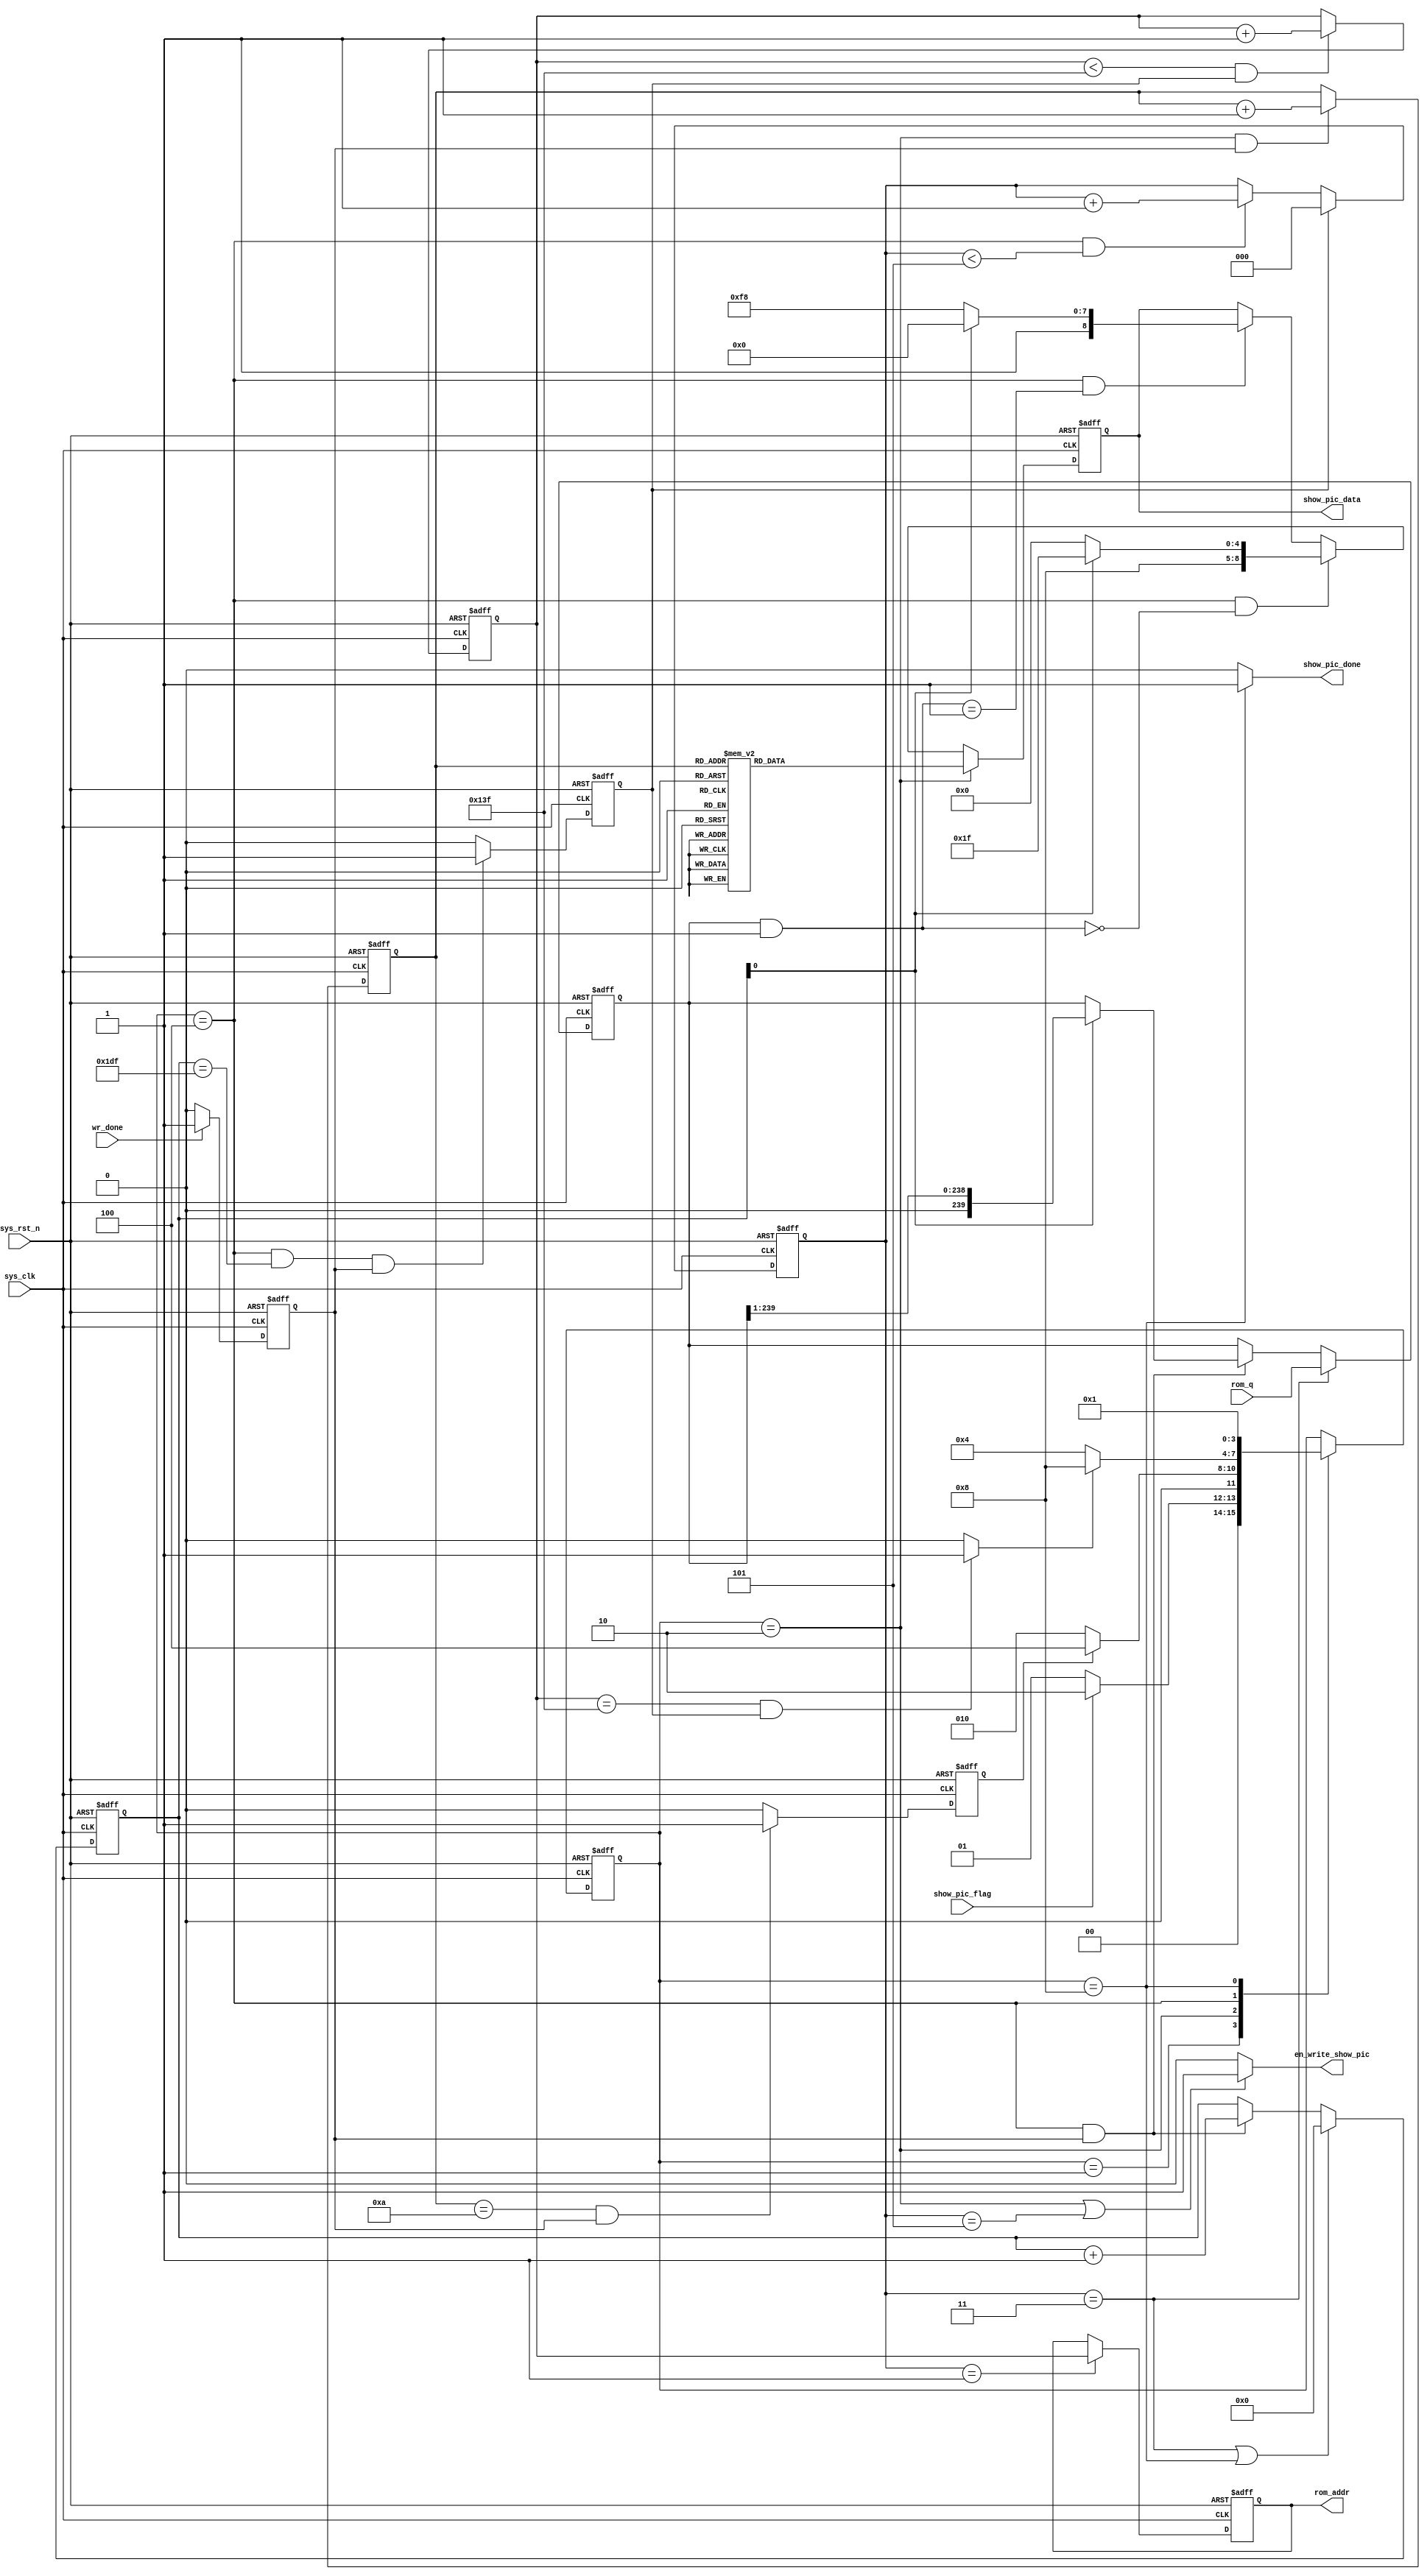

module lcd_show_pic
(
    input       wire            sys_clk             ,
    input       wire            sys_rst_n           ,
    input       wire            wr_done             ,
    input       wire            show_pic_flag       ,   //

	 output       reg     [8:0]  rom_addr,
	 input			 wire    [239:0]   rom_q,

    output      wire    [8:0]   show_pic_data       ,   //
	 output		wire				 show_pic_done,
    output      wire            en_write_show_pic   
);

//
parameter   WHITE   = 16'hFFFF,
            BLACK   = 16'h0000,	  
            BLUE    = 16'h001F,  
            BRED    = 16'hF81F,
            GRED 	  = 16'hFFE0,
            GBLUE	  = 16'h07FF,
            RED     = 16'hF800,
            MAGENTA = 16'hF81F,
            GREEN   = 16'h07E0,
            CYAN    = 16'h7FFF,
            YELLOW  = 16'hFFE0,
            BROWN   = 16'hBC40, //
            BRRED   = 16'hFC07, //
            GRAY    = 16'h8430; //

//****************** Parameter and Internal Signal *******************//


parameter   SIZE_WIDTH_MAX = 8'd239;
parameter   SIZE_LENGTH_MAX = 9'd319;

parameter   STATE0 = 4'b0_001;     
parameter   STATE1 = 4'b0_010;
parameter   STATE2 = 4'b0_100;
parameter   DONE   = 4'b1_000;

//
reg     [3:0]   state;

//
reg             the1_wr_done;
reg     [3:0]   cnt_set_windows;

//STATE1STATE2
reg            state1_finish_flag;

//rom
reg     [2:0]   cnt_rom_prepare;

//rom
//reg     [8:0]  rom_addr;
//wire    [239:0]   rom_q;

//romtemp
reg     [239:0]   temp;

//1
reg             length_num_flag;

//
reg     [8:0]   cnt_length_num;

//
reg     [9:0]   cnt_wr_color_data;

//
reg     [8:0]   data;

//STATE2DONE        
wire    state2_finish_flag;

//******************************* Main Code **************************//


//
always@(posedge sys_clk or negedge sys_rst_n)
    if(!sys_rst_n)
        state <= STATE0;
    else
        case(state)
            STATE0 : state <= (show_pic_flag) ? STATE1 : STATE0;
            STATE1 : state <= (state1_finish_flag) ? STATE2 : STATE1;
            STATE2 : state <= (state2_finish_flag) ? DONE : STATE2;
            DONE   : state <= STATE0;
        endcase
////
always@(posedge sys_clk or negedge sys_rst_n)
    if(!sys_rst_n) 
        the1_wr_done <= 1'b0;
    else if(wr_done)
        the1_wr_done <= 1'b1;
    else
        the1_wr_done <= 1'b0;
        
//
always@(posedge sys_clk or negedge sys_rst_n)
    if(!sys_rst_n)  
        cnt_set_windows <= 'd0;
    else if(state == STATE1 && the1_wr_done)
        cnt_set_windows <= cnt_set_windows + 1'b1;

//STATE1STATE2
always@(posedge sys_clk or negedge sys_rst_n)
    if(!sys_rst_n)
        state1_finish_flag <= 1'b0;
    else if(cnt_set_windows == 'd10 && the1_wr_done)
        state1_finish_flag <= 1'b1;
    else
        state1_finish_flag <= 1'b0;

//rom
always@(posedge sys_clk or negedge sys_rst_n)
    if(!sys_rst_n)  
        cnt_rom_prepare <= 'd0;
    else if(length_num_flag)
        cnt_rom_prepare <= 'd0;
    else if(state == STATE2 && cnt_rom_prepare < 'd5)
        cnt_rom_prepare <= cnt_rom_prepare + 1'b1;
        
//rom
always@(posedge sys_clk or negedge sys_rst_n)
    if(!sys_rst_n)
        rom_addr <= 'd0;
    else if(cnt_rom_prepare == 'd1)      
        rom_addr <=  cnt_length_num;

//romtemp
always@(posedge sys_clk or negedge sys_rst_n)
    if(!sys_rst_n)
        temp <= 'd0;
    else if(cnt_rom_prepare == 'd3)
        temp <= rom_q;
    else if(state == STATE2 && the1_wr_done)     
			begin
				if(cnt_wr_color_data[0] == 1)
					temp <= temp >>1;
				else
					temp <= temp;
			end


//1
always@(posedge sys_clk or negedge sys_rst_n)
    if(!sys_rst_n)
        length_num_flag <= 1'b0;
   else if(
            state == STATE2 && 
            cnt_wr_color_data == 10'd479 &&
            the1_wr_done
           )
       length_num_flag <= 1'b1;
    else
       length_num_flag <= 1'b0;
        
//
always@(posedge sys_clk or negedge sys_rst_n)
    if(!sys_rst_n)
        cnt_length_num <= 'd0;
    else if(cnt_length_num < SIZE_LENGTH_MAX && length_num_flag)
        cnt_length_num <= cnt_length_num + 1'b1;

//
always@(posedge sys_clk or negedge sys_rst_n)
    if(!sys_rst_n)
        cnt_wr_color_data <= 'd0;
    else if(cnt_rom_prepare == 'd3 || state == DONE)
        cnt_wr_color_data <= 'd0;
    else if(state == STATE2 && the1_wr_done)
        cnt_wr_color_data <= cnt_wr_color_data + 1'b1;
        
//
always@(posedge sys_clk or negedge sys_rst_n)
    if(!sys_rst_n)
        data <= 9'h000;
    else if(state == STATE1)
        case(cnt_set_windows)
            0 : data <= 9'h02A;
            1 : data <= {1'b1,8'h00};
            2 : data <= {1'b1,8'h00};
            3 : data <= {1'b1,8'h00};
            4 : data <= {1'b1,8'hef};//239
            5 : data <= 9'h02B;
            6 : data <= {1'b1,8'h00};
            7 : data <= {1'b1,8'h00};
            8 : data <= {1'b1,8'h01};
            9 : data <= {1'b1,8'h3f};//319
            10: data <= 9'h02C;
            default: data <= 9'h000;
        endcase
    else if(state == STATE2 && ((temp & 8'h01) == 'd0))
        if(cnt_wr_color_data[0] == 1'b0 )
            data <= {1'b1,BLUE[15:8]};
        else
            data <= {1'b1,BLUE[7:0]};
    else if(state == STATE2 && ((temp & 8'h01) == 'd1))
        if(cnt_wr_color_data[0] == 1'b0 )
            data <= {1'b1,RED[15:8]};
        else
            data <= {1'b1,RED[7:0]};
    else
        data <= data;   

//STATE2DONE        
assign state2_finish_flag = (
                             (
                                (cnt_length_num == SIZE_LENGTH_MAX)         
                             ) &&
                             length_num_flag
                            ) ? 1'b1 : 1'b0;
        
//
assign show_pic_data = data;
assign en_write_show_pic = (state == STATE1 || cnt_rom_prepare == 'd5) ? 1'b1 : 1'b0;
assign show_pic_done = (state == DONE) ? 1'b1 : 1'b0;
/*
pic_ram pic_ram_u0
(
	.address(rom_addr), 
	.q(rom_q)
);
*/
endmodule